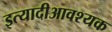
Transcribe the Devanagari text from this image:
इत्यादीआवश्यक